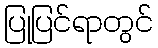
ပြုပြင်ရာတွင်